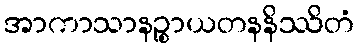
အာကာသာနဉ္စာယတနနိဿိတံ